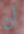
أن